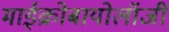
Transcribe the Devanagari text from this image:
माईक्रोबायोलॉजी